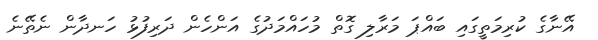
އޭނާގެ ކުރިމަތީގައި ބައްޕަ މަރާލި ގޮތް މުހައްމަދުގެ އަންހެން ދަރިފުޅު ހަނދާން ނެތޭނެ